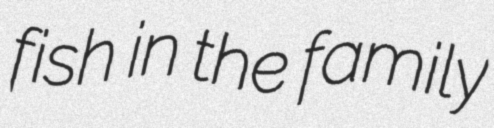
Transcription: fish in the family